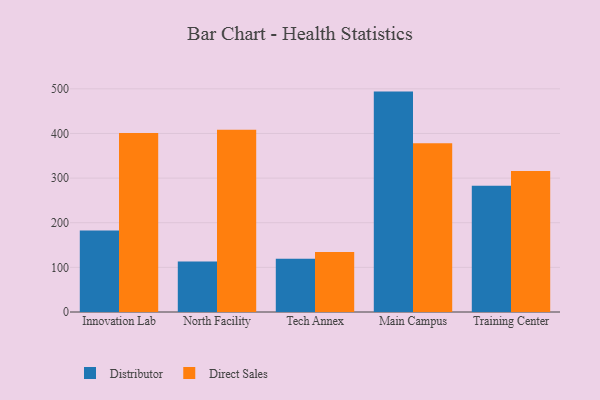
{"axis": {"x": "Campus", "y": "Headcount"}, "legend": ["Direct Sales", "Distributor"], "data": [{"x": "Innovation Lab", "y": 182.8, "type": "Distributor"}, {"x": "Innovation Lab", "y": 401.0, "type": "Direct Sales"}, {"x": "North Facility", "y": 113.3, "type": "Distributor"}, {"x": "North Facility", "y": 408.6, "type": "Direct Sales"}, {"x": "Tech Annex", "y": 119.4, "type": "Distributor"}, {"x": "Tech Annex", "y": 134.6, "type": "Direct Sales"}, {"x": "Main Campus", "y": 493.8, "type": "Distributor"}, {"x": "Main Campus", "y": 377.8, "type": "Direct Sales"}, {"x": "Training Center", "y": 283.1, "type": "Distributor"}, {"x": "Training Center", "y": 316.0, "type": "Direct Sales"}]}